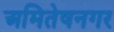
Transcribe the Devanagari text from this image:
अमितेषनगर